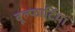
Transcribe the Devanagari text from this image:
बूल्फार्टिया